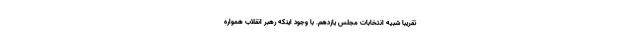
تقریبا شبیه انتخابات مجلس یازدهم. با وجود اینکه رهبر انقلاب همواره